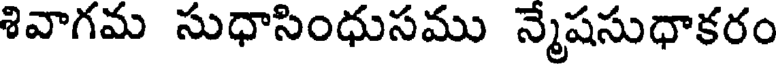
శివాగమ సుధాసింధుసము న్మేషసుధాకరం